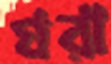
ঘরা